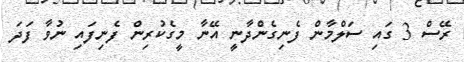
ރޭސް 3 ގައި ސަލްމާން ފެނިގެންދާނީ އޭނާ މީގެކުރިން ފެނިފައި ނުވާ ފަދަ